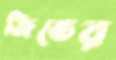
জিভের